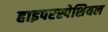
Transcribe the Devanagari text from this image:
हाइपरस्पेशियल